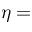
\eta =